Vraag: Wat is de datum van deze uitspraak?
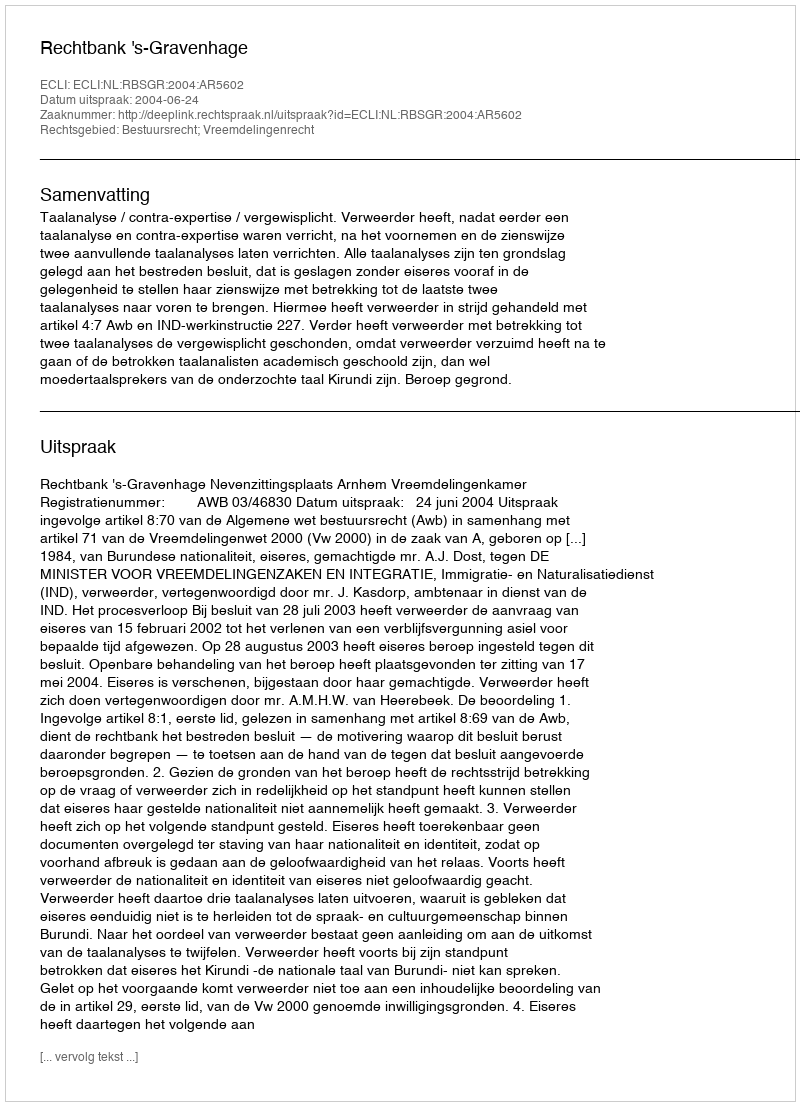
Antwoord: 2004-06-24